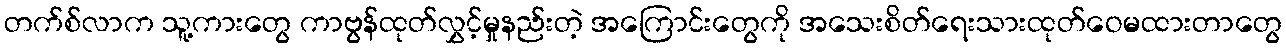
တက်စ်လာက သူ့ကားတွေ ကာဗွန်ထုတ်လွှင့်မှုနည်းတဲ့ အကြောင်းတွေကို အသေးစိတ်ရေးသားထုတ်ဝေမထားတာတွေ